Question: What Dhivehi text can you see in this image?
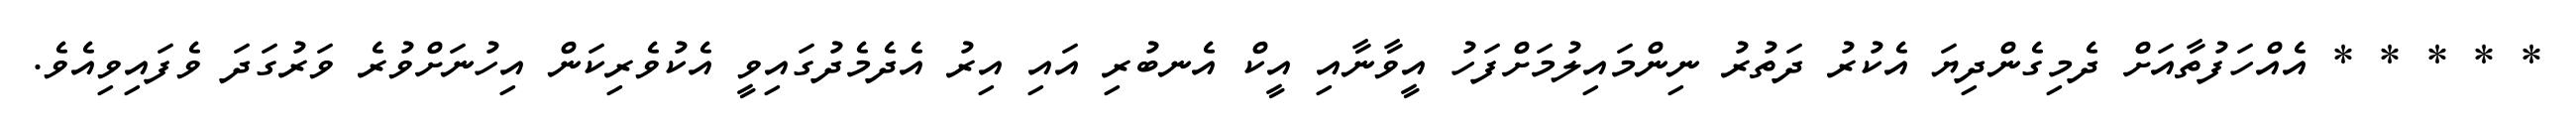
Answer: * * * * * އެއްހަފުތާއަށް ދެމިގެންދިޔަ އެކުރު ދަތުރު ނިންމައިލުމަށްފަހު އީވާނާއި އީކް އެނބުރި އައި އިރު އެދެމެދުގައިވީ އެކުވެރިކަން އިހުނަށްވުރެ ވަރުގަދަ ވެފައިވިއެވެ.